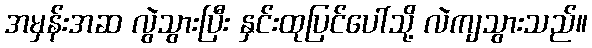
အမှန်းအဆ လွဲသွားပြီး နှင်းထုပြင်ပေါ်သို့ လဲကျသွားသည်။